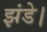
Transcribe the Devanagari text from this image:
झंडे।